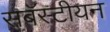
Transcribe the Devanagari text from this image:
सबॅस्टीयन